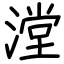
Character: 漟